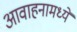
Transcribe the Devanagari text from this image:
आवाहनामध्ये